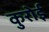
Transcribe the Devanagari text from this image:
कुरोई